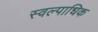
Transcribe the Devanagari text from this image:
स्वल्पाधिक